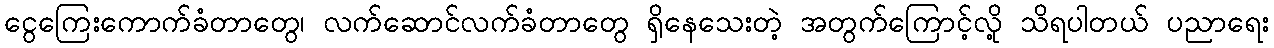
ငွေကြေးကောက်ခံတာတွေ၊ လက်ဆောင်လက်ခံတာတွေ ရှိနေသေးတဲ့ အတွက်ကြောင့်လို့ သိရပါတယ် ပညာရေး